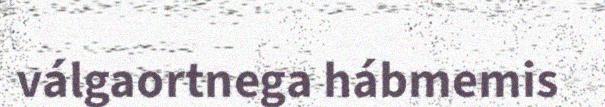
válgaortnega hábmemis